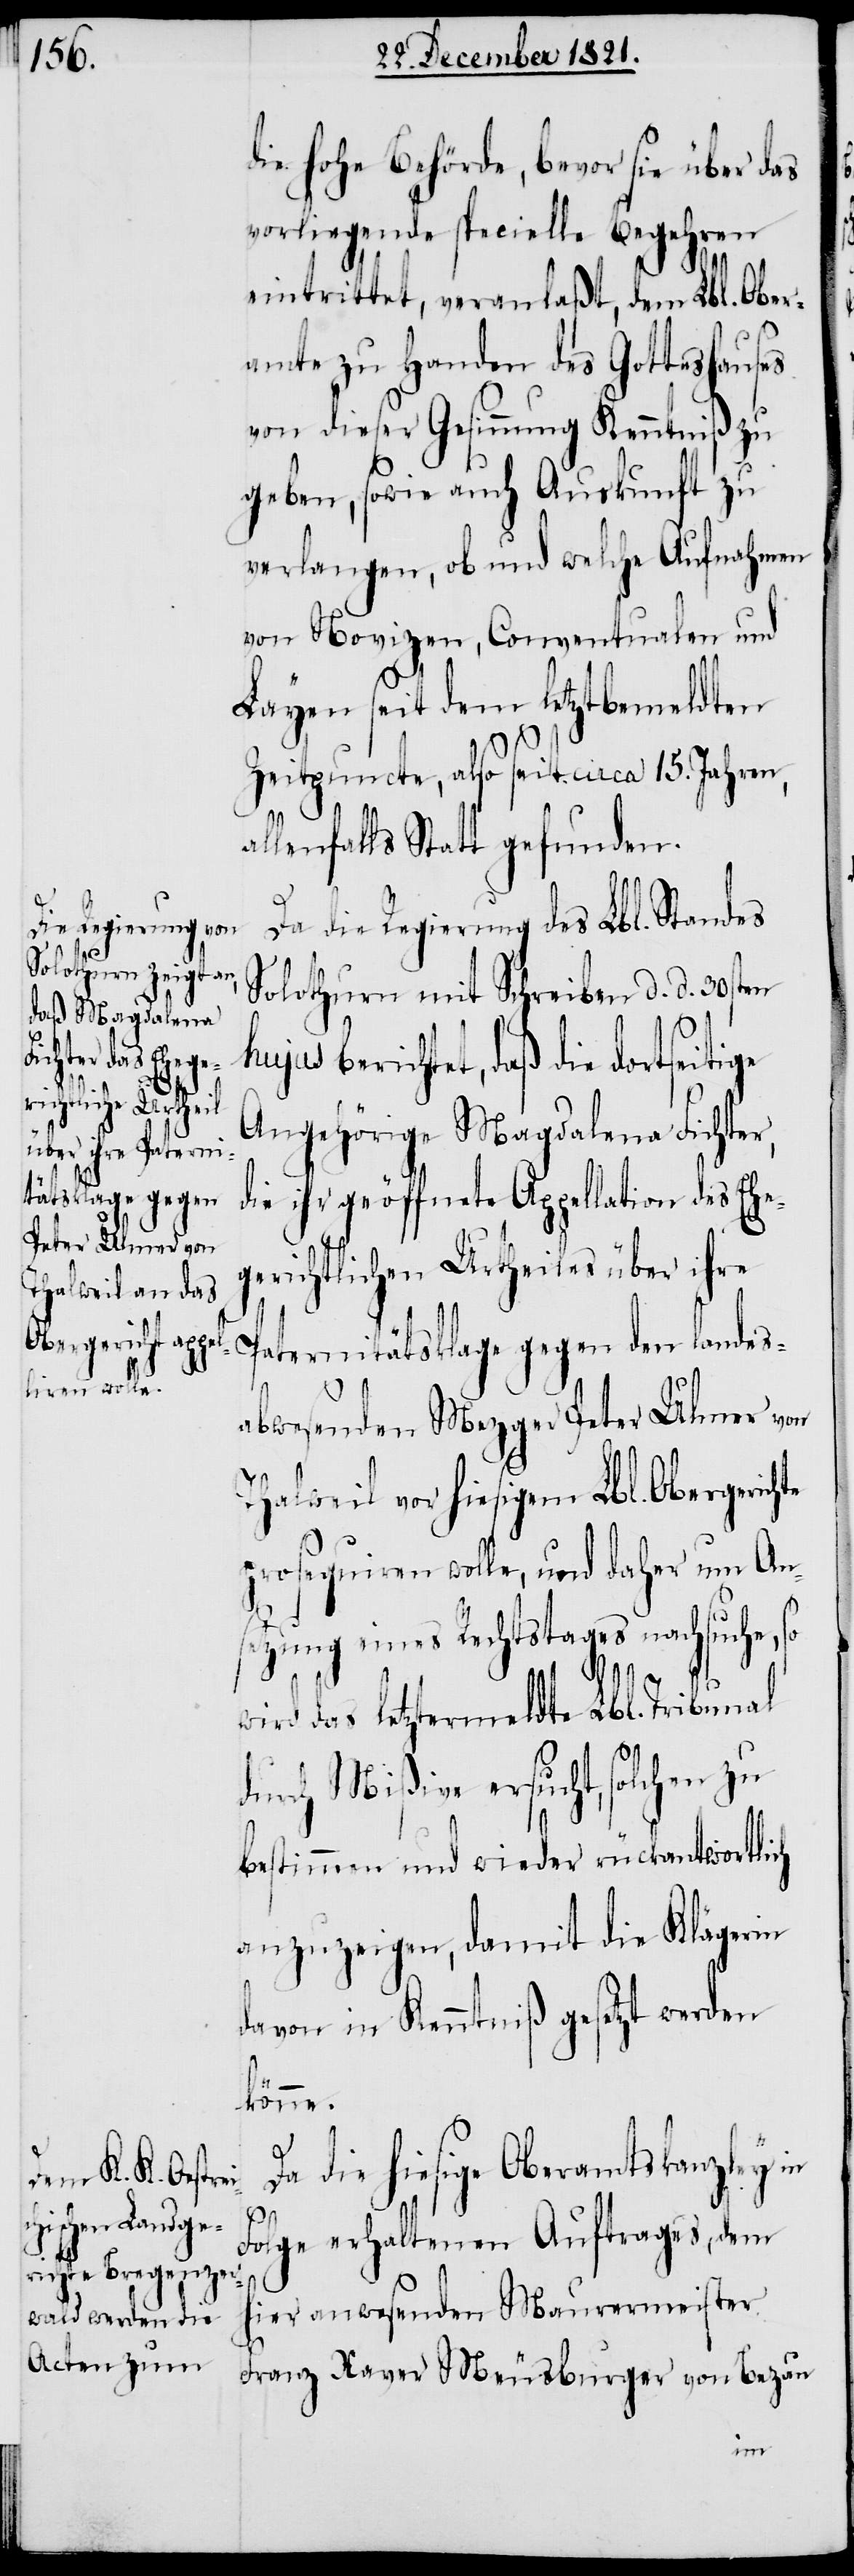
ersucht, solchen

die hohe Behörde, bevor sie über das
vorliegende specielle Begehren
eintrittet, veranlaßt, dem Lbl. Ober¬
amte zu Handen des Gotteshauses
von dieser Gesinnung Kenntniß zu
geben, sowie auch Auskunft zu
verlangen, ob und welche Aufnahme
von Novizen, Conventualen und
Layen seit dem letztbemeldten
Zeitpuncte, also seit circa 15. Jahren,
allenfalls Statt gefunden.
Da die Regierung des Lbl. Standes
Solothurn mit Schreiben d. d. 30sten
hujus berichtet, daß die dortseitige
Angehörige Magdalena Fichter,
die ihr geöffnete Appellation des Ehe¬
gerichtlichen Urtheiles über ihre
Paternitätsklage gegen den landes¬
abwesenden Mezger Peter Ulmer von
Thalweil vor hiesigem Lbl. Obergerich¬
prosequiren wolle, und daher um An¬
setzung eines Rechtstages nachsuche,
das letztermeldte Lbl. Tribunal
bestimmen und wieder rückantwortlich
anzuzeigen, damit die Klägerin
davon in Kenntniß gesetzt werden
könne.
Da die hiesige Oberamtskanzley in
Folge erhaltenen Auftrages, dem
hier anwesenden Maurermeister
Franz Xaver Meusburger von Bezau
te